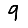
Digit: 9